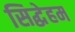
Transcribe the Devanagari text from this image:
सिद्धेहम